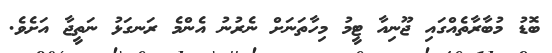
ބޮޑު މުބާރާތެއްގައި ޖޫނިއާ ޓީމު މިހާތަނަށް ނެރުނު އެންމެ ރަނގަޅު ނަތީޖާ އަށެވެ.